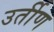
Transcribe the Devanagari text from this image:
उर्तीण